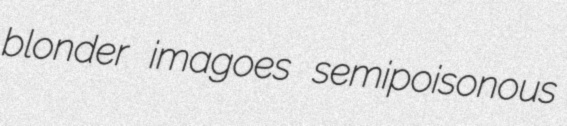
blonder imagoes semipoisonous